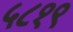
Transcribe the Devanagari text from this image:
५८१९